Tezpur Lunatic Asylum reports 1877-1894 - 1877-1894
Year: 1877
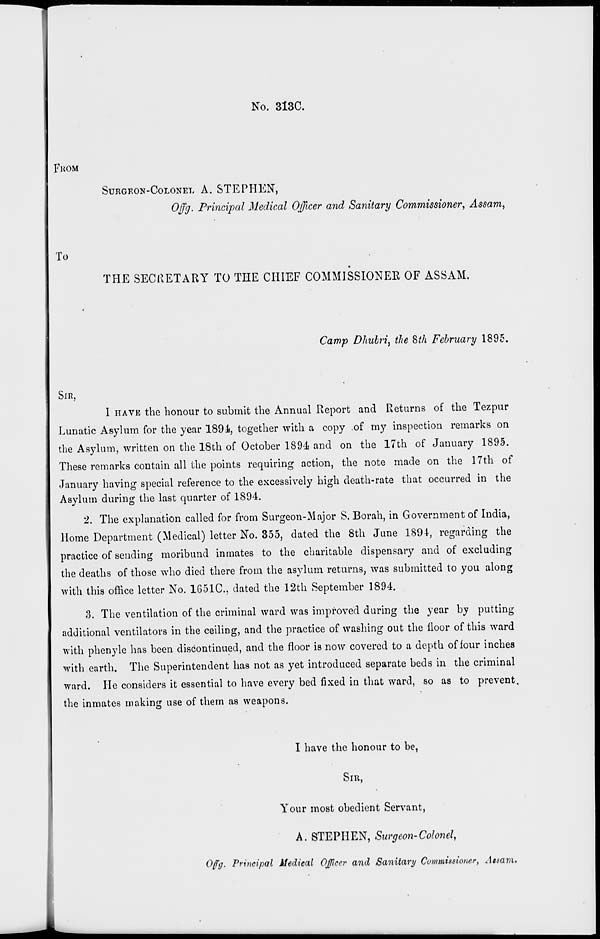
No. 313C.
FHOM
SURGEON-COLONEL A. STEPHEN,
Offg, Principal Medical Officer and Sanitary Commissioner', Assam,
To
THE SECRETARY TO THE CHIEF COMMISSIONER OF ASSAM.
Camp Dhulri i the 8*/i February 1895.
SIR,
1 HAVE the honour to submit the Annual Report and Returns of the Tezpur
Lunatic Asylum for the year 1891, together with a copy of my inspection remarks on
the Asylum, written on the 18th of October 1894 and on the 17th of January 1895.
These remarks contain all the points requiring action, the note made on the 17th of
January having special reference to the excessively high death-rate that occurred in the
Asylum during the last quarter of 1894.
2. The explanation called for from Surgeon-Major S. Borah, in Government of India,
Home Department (Medical) letter No. 355, dated the 8th June 189i, regarding the
practice of sending moribund inmates to the charitable dispensary and of excluding
the deaths of those who died there from the asylum returns, was submitted to you along
with this ofhee letter No. 1651C, dated the 12th September 1894.
3. The ventilation of the criminal ward was improved during the year by putting
additional ventilators in the ceiling, and the practice of washing out the floor of this ward
with phenyle has been discontinued, and the floor is now covered to a depth of four inches
with earth. The Superintendent has not as yet introduced separate beds in the criminal
ward. He considers it essential to have every bed fixed in that ward, so as to prevent,
the inmates making use of them as weapons.
I have the honour to be,
SIR,
Your most obedient Servant,
A. STEPHEN, Surgeon-Colonel,
Ofg. Principal Medical Officer and Sanitary Cowmissioner, Assam.